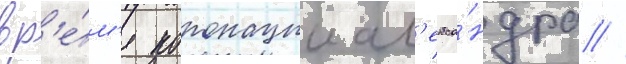
вр'е́м'я коронации ал'екса́ндра /